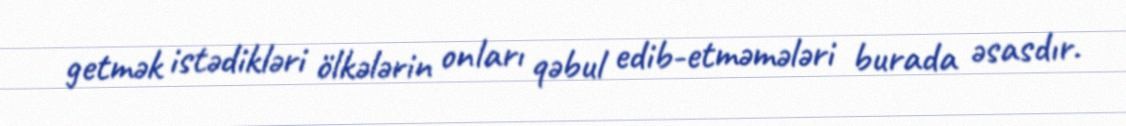
getmək istədikləri ölkələrin onları qəbul edib-etməmələri burada əsasdır.